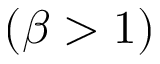
( \beta > 1 )